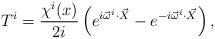
LaTeX: \begin{align*}T^{i}=\frac{\chi^{i}(x)}{2i}\left(e^{i\vec{\omega}^{i}\cdot \vec{X}}-e^{-i\vec{\omega}^{i}\cdot\vec{X}}\right),\end{align*}